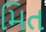
મિત